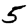
Digit: 5